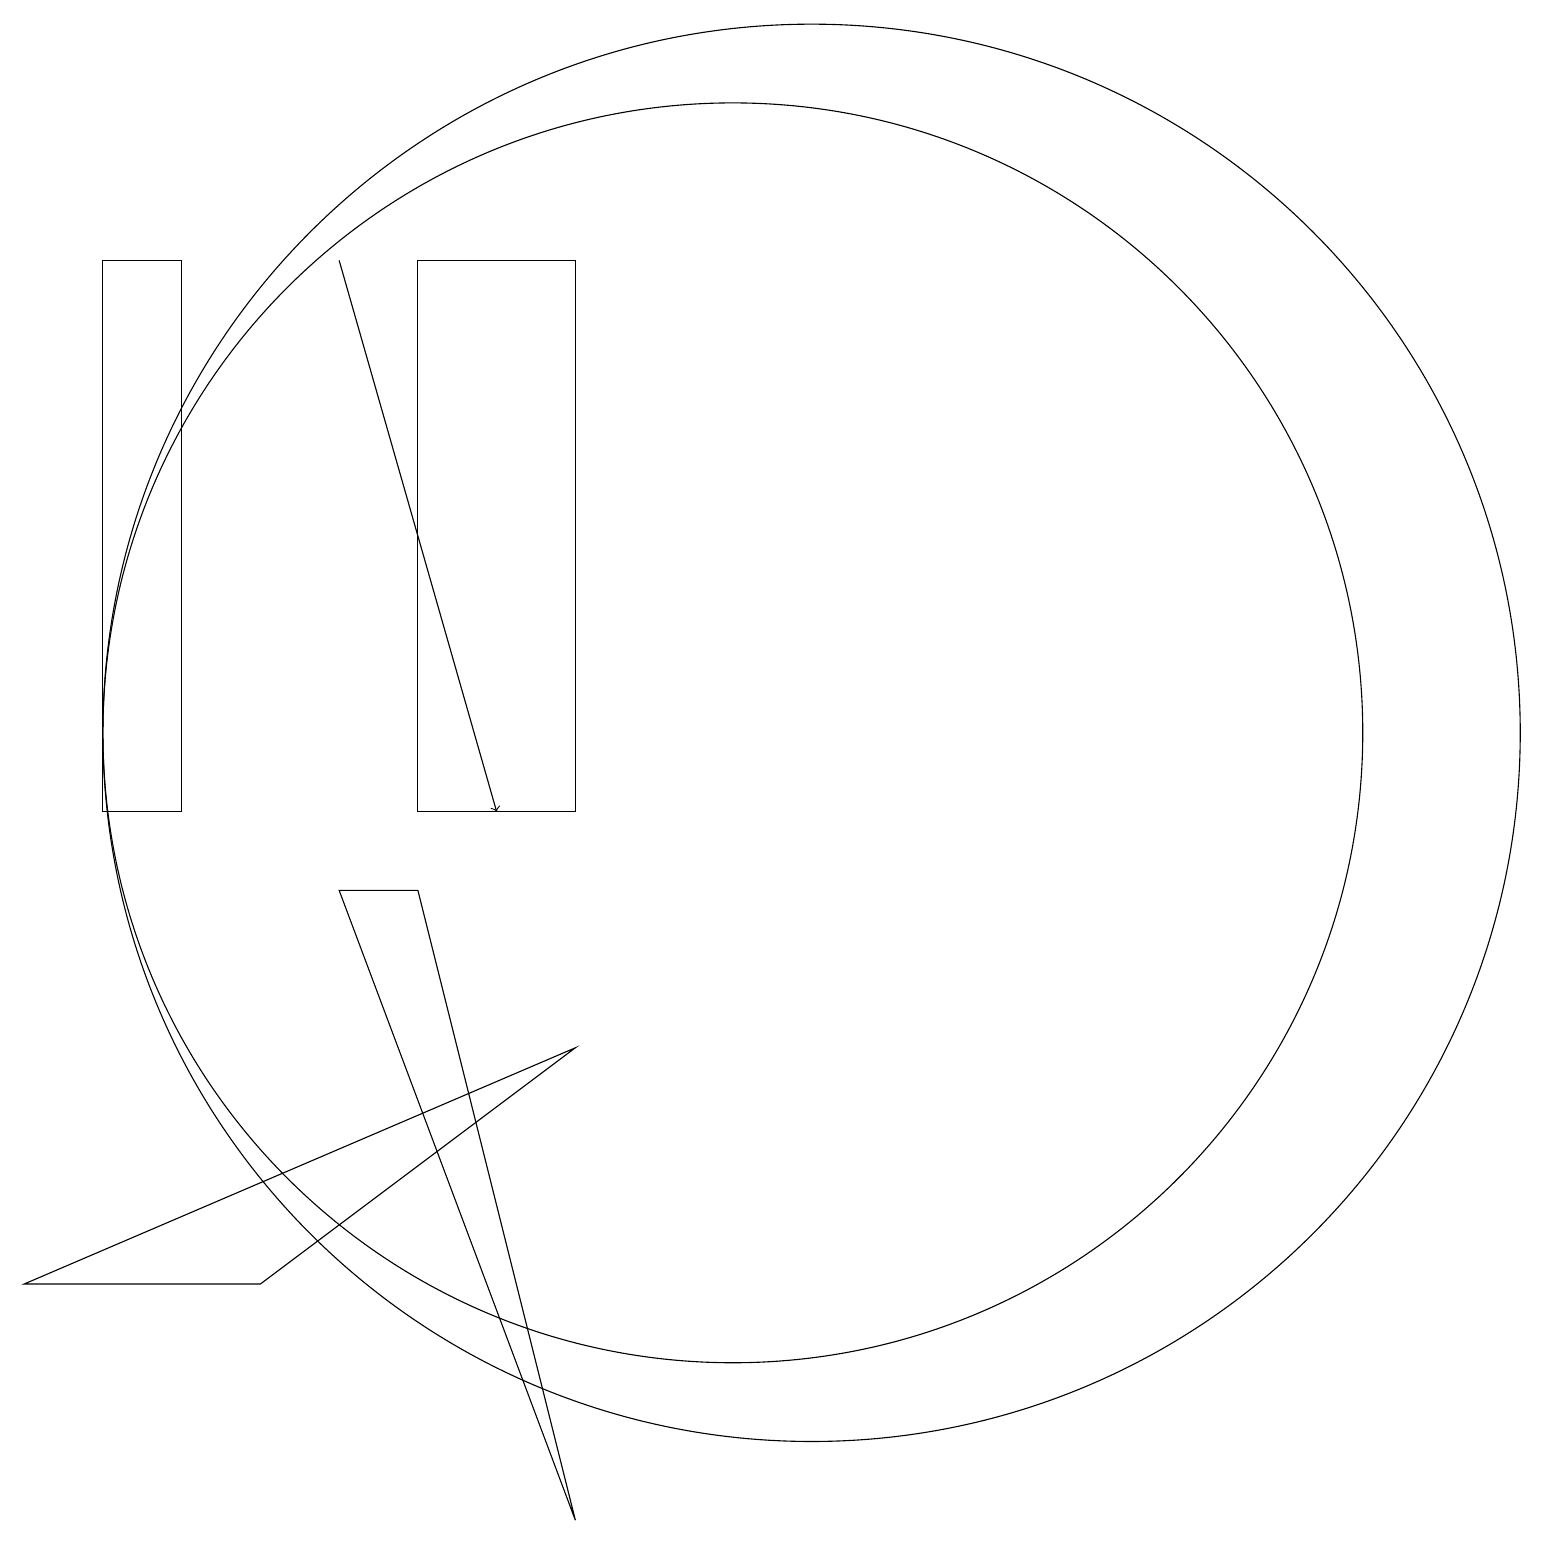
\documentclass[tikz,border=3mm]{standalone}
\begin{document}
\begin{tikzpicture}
\draw (11,11) circle (8);
\draw (12,11) circle (9);
\draw (10,12) circle (0);
\draw[->] (6,17) -- (8,10);
\draw (9,17) rectangle (7,10);
\draw (7,9) -- (6,9) -- (9,1) -- cycle;
\draw (4,17) rectangle (3,10);
\draw (9,7) -- (5,4) -- (2,4) -- cycle;
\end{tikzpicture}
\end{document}